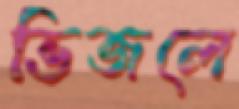
ভিজলে